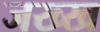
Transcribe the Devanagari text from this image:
जख्ख